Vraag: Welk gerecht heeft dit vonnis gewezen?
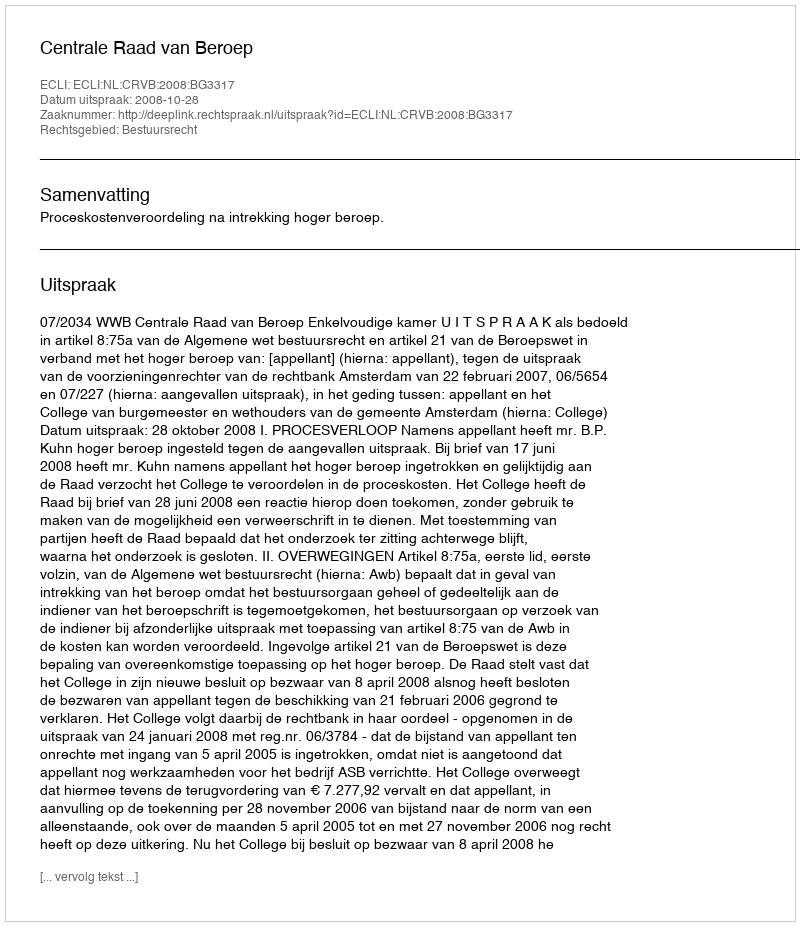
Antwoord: Centrale Raad van Beroep